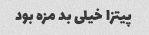
پیتزا خیلی بد مزه بود